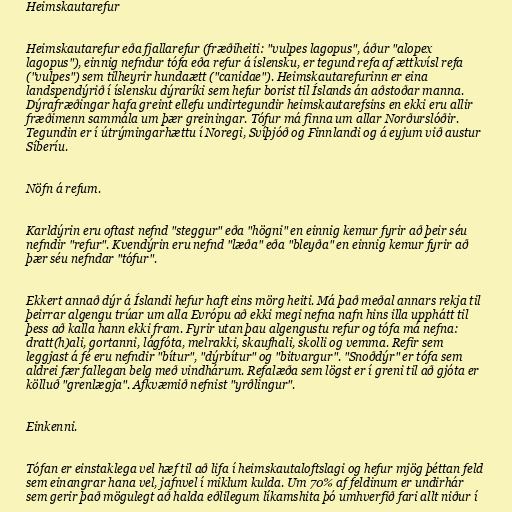
Heimskautarefur

Heimskautarefur eða fjallarefur (fræðiheiti: "vulpes lagopus", áður "alopex
lagopus"), einnig nefndur tófa eða refur á íslensku, er tegund refa af ættkvísl refa
("vulpes") sem tilheyrir hundaætt ("canidae"). Heimskautarefurinn er eina
landspendýrið í íslensku dýraríki sem hefur borist til Íslands án aðstoðar manna.
Dýrafræðingar hafa greint ellefu undirtegundir heimskautarefsins en ekki eru allir
fræðimenn sammála um þær greiningar. Tófur má finna um allar Norðurslóðir.
Tegundin er í útrýmingarhættu í Noregi, Svíþjóð og Finnlandi og á eyjum við austur
Síberíu.

Nöfn á refum.

Karldýrin eru oftast nefnd "steggur" eða "högni" en einnig kemur fyrir að þeir séu
nefndir "refur". Kvendýrin eru nefnd "læða" eða "bleyða" en einnig kemur fyrir að
þær séu nefndar "tófur".

Ekkert annað dýr á Íslandi hefur haft eins mörg heiti. Má það meðal annars rekja til
þeirrar algengu trúar um alla Evrópu að ekki megi nefna nafn hins illa upphátt til
þess að kalla hann ekki fram. Fyrir utan þau algengustu refur og tófa má nefna:
dratt(h)ali, gortanni, lágfóta, melrakki, skaufhali, skolli og vemma. Refir sem
leggjast á fé eru nefndir "bítur", "dýrbítur" og "bitvargur". "Snoðdýr" er tófa sem
aldrei fær fallegan belg með vindhárum. Refalæða sem lögst er í greni til að gjóta er
kölluð "grenlægja". Afkvæmið nefnist "yrðlingur".

Einkenni.

Tófan er einstaklega vel hæf til að lifa í heimskautaloftslagi og hefur mjög þéttan feld
sem einangrar hana vel, jafnvel í miklum kulda. Um 70% af feldinum er undirhár
sem gerir það mögulegt að halda eðlilegum líkamshita þó umhverfið fari allt niður í